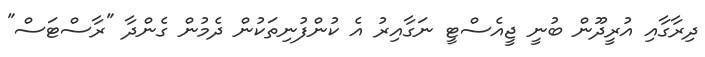
ދިރާގާއި އުރީދޫން ބުނީ ޖީއެސްޓީ ނަގާއިރު އެ ކުންފުނިތަކުން ދެމުން ގެންދާ "ރާސްޓަސް"